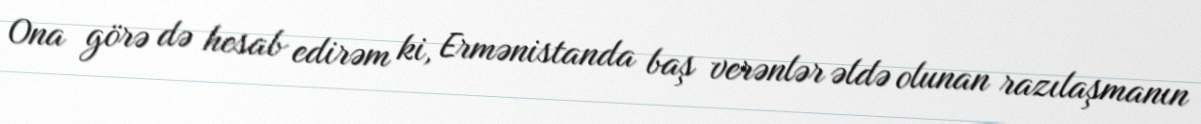
Ona görə də hesab edirəm ki, Ermənistanda baş verənlər əldə olunan razılaşmanın